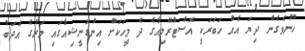
ހޫނުވެގެން ދިޔަ އެއް ހަބަރަކީ އޮސްޓްރޭލިއާގެ ދެ މީހަކަށް އިންޑޮނީޝިއާގައި މަރުގެ އަދަބު